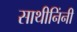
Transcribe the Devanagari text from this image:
साथीनिंनी